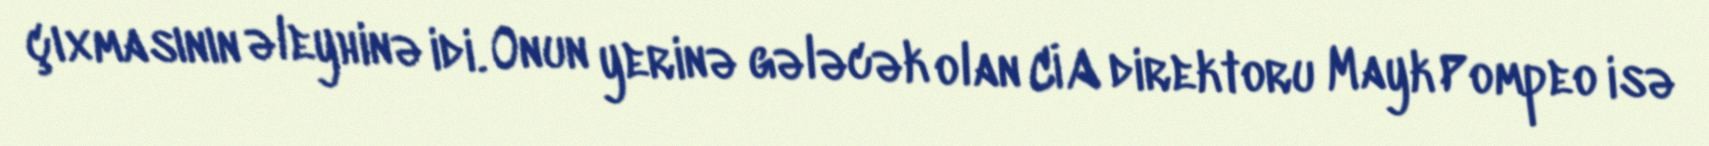
çıxmasının əleyhinə idi. Onun yerinə gələcək olan CİA direktoru Mayk Pompeo isə